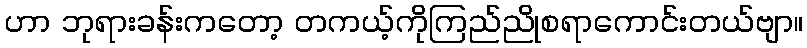
ဟာ ဘုရားခန်းကတော့ တကယ့်ကိုကြည်ညိုစရာကောင်းတယ်ဗျာ။